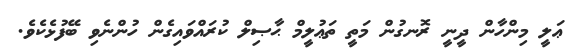
ޢަލީ މިންހާން ދީނީ ރޮނގުން މަތީ ތަޢުލީމް ޙާޞިލް ކުރައްވައިގެން ހުންނެވި ބޭފުޅެކެވެ.